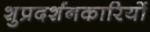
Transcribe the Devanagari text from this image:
शुप्रदर्शनकारियों